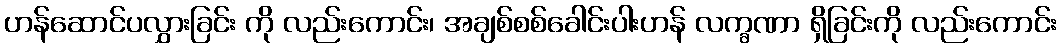
ဟန်ဆောင်ပလွှားခြင်း ကို လည်းကောင်း၊ အချစ်စစ်ခေါင်းပါးဟန် လက္ခဏာ ရှိခြင်းကို လည်းကောင်း